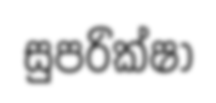
සුපරික්ෂා